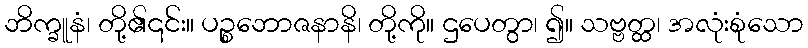
ဘိက္ခူနံ၊ တို့၏၎င်း။ ပဉ္စဘောဇနာနိ၊ တို့ကို။ ဌပေတွာ၊ ၍။ သဗ္ဗတ္ထ၊ အလုံးစုံသော